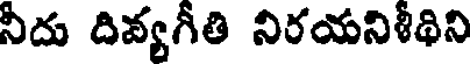
నీదు దివ్యగీతి నిరయనిశీథిని